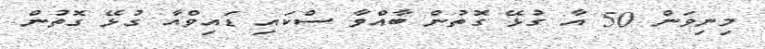
މިނިވަން 50 އާ ގުޅޭ ގޮތުން ބާއްވާ ސްކައި ޑައިވްއާ ގުޅޭ ގޮތުން